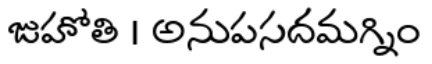
జుహోతి । అనుపసదమగ్నిం